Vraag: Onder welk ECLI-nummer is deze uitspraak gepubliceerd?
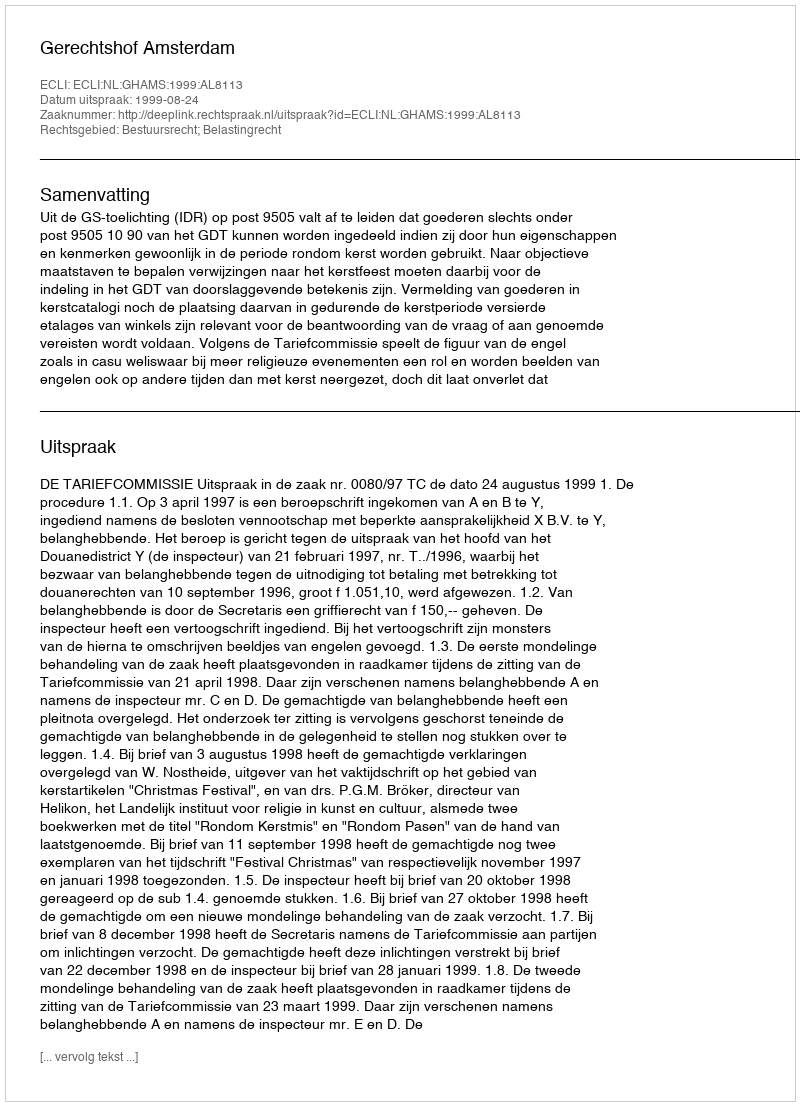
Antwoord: ECLI:NL:GHAMS:1999:AL8113